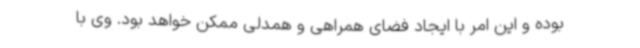
بوده و این امر با ایجاد فضای همراهی و همدلی ممکن خواهد بود. وی با